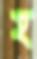
হ